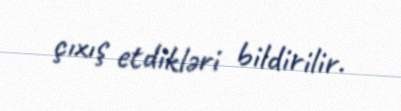
çıxış etdikləri bildirilir.